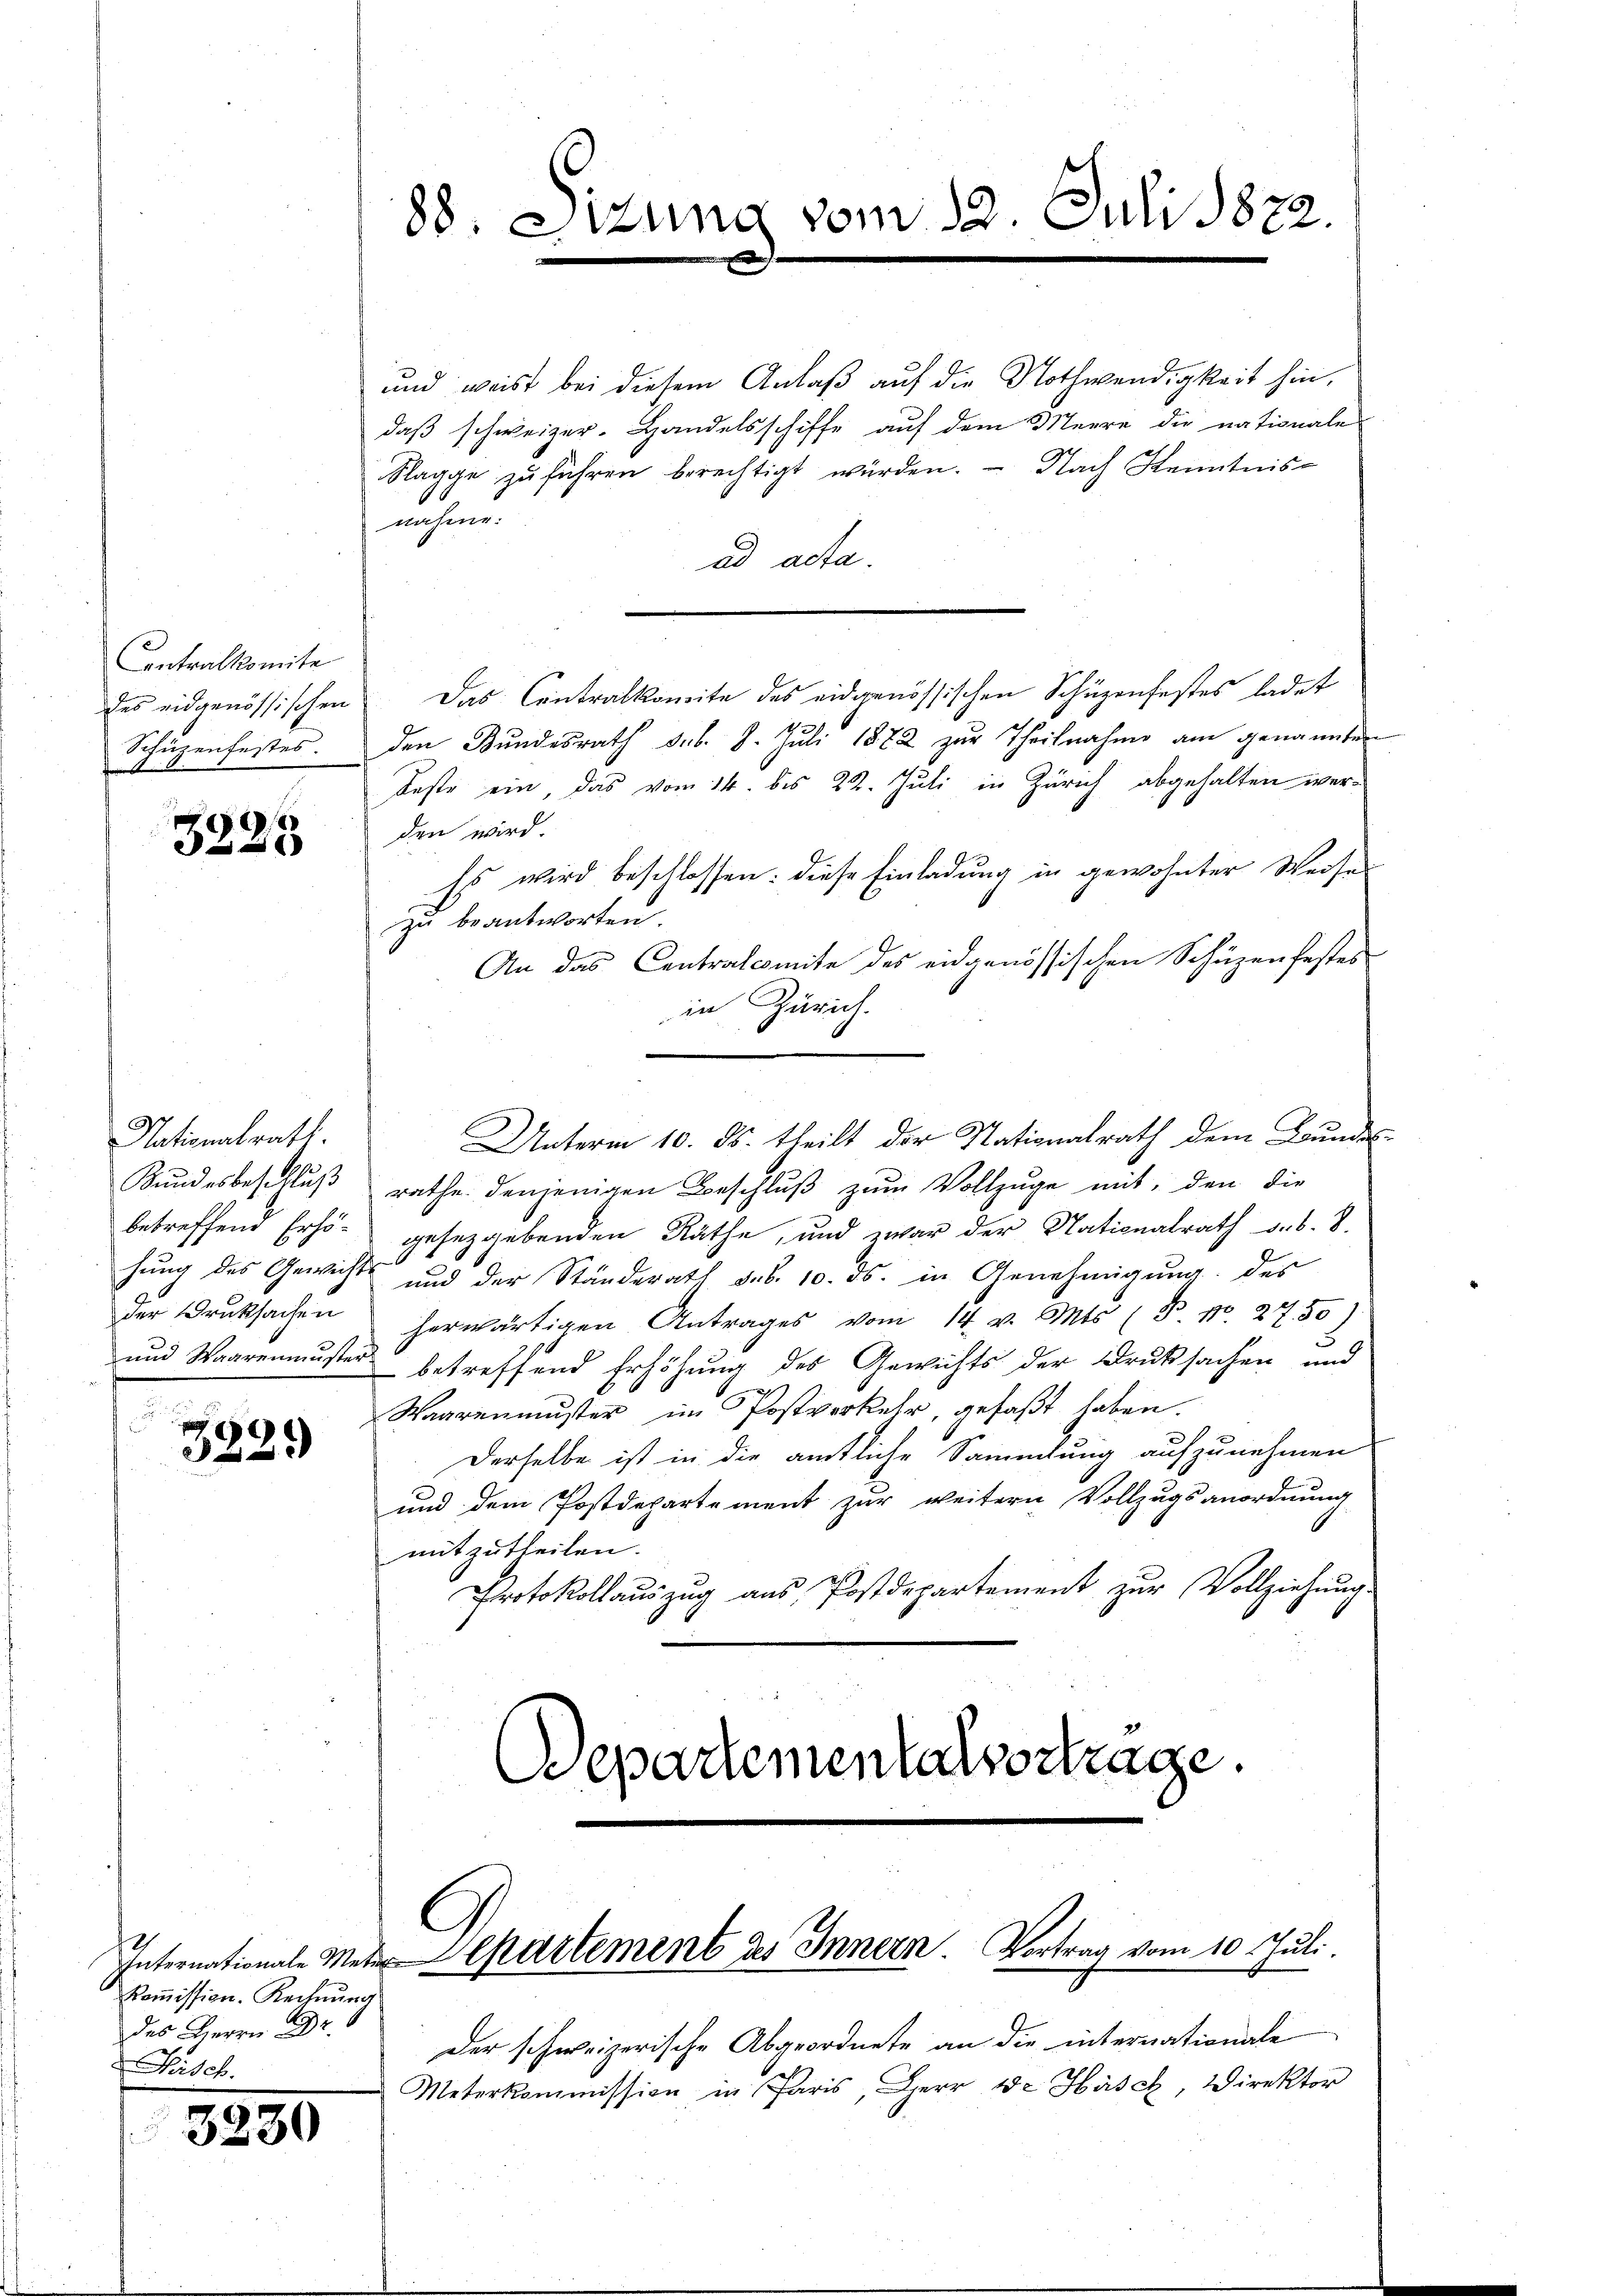
Contralkomite
Schüzenfestes.

.
Die

Nationalrath.

0
2

Koṁission. Rechnung
.
Fisch.

3230

und weist bei diesem Anlaß auf die Nothwendigkeit hin,
daß schweizer. Handelsschiffe auf dem Meere die nationale
Klagge zu führen berechtigt würden. - Nach Kenntnisnahme:
ad acta.
des eidgenössischen Das Contralkomite des eidgenössischen Schüzenfestes ladet
den Bundesrath sub. 8. Juli 1872 zur Theilnahme am genannten
Feste ein, das vom 14. bis 22. Juli in Zürich abgehalten werden wird.
Es wird beschlossen: diese Einladung in gewohnter Weise
zu beantworten
An das Contralcomite des eidgenössischen Schüzenfestes
in Zürich.
Unterm 10. ds. theilt der Nationalrath dem Bundes-
Bŭndesbeschlŭβ rathe denjenigen Beschlŭβ zŭm Vollzŭge mit, den die
betreffend Erhö- gesetzgebenden Räthe, und zwar der Nationalrath v. b. 8.
6
hŭng des Gewicht und der Ständerath das. 10. ds. in Genehmigŭng des
der Druksachen herwärtigen Antrages vom 14. v. Mts. (T. N. 2750
.
und Waarenmuster betreffend Erhöhung des Gewichts der Druksachen und
Waarenmuster im Postverkehr, gefaßt haben.
Derselbe ist in die amtliche Sammlung aufzunehmen
und dem Postdepartement zur weitern Vollzugsanordnung
mitzutheilen.
Protokollaŭszŭg aŭs Postdepartement zŭr Vollziehŭng.
Departementalsertrage.

88. Etzung vom 12. Juli 1872.

Der schweizerische Abgeordnete an die internationale
Meterkommission in Paris, Herr v. Hasch, Direktor

International-Met-Departement des Innern. Vortrag vom 10. Juli.